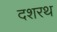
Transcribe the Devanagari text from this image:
दशरथ